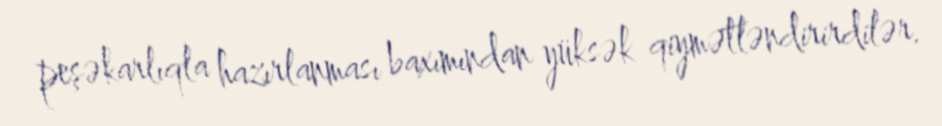
peşəkarlıqla hazırlanması baxımından yüksək qiymətləndirirdilər.